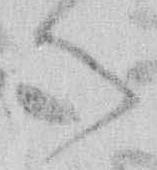
御